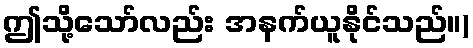
ဤသို့သော်လည်း အနက်ယူနိုင်သည်။)